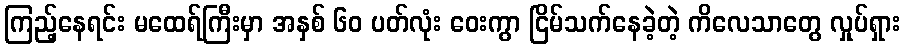
ကြည့်နေရင်း မထေရ်ကြီးမှာ အနှစ် ၆၀ ပတ်လုံး ဝေးကွာ ငြိမ်သက်နေခဲ့တဲ့ ကိလေသာတွေ လှုပ်ရှား